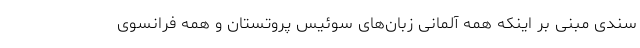
سندی مبنی بر اینکه همه آلمانی زبان‌های سوئیس پروتستان و همه فرانسوی